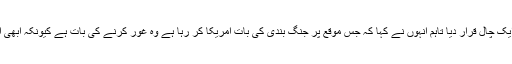
حزب اللہ کے سربراہ نے امریکا کی طرف سے یمن میں جنگ بندی کی دعوت کو ایک چال قرار دیا تاہم انہوں نے کہا کہ جس موقع پر جنگ بندی کی بات امریکا کر رہا ہے وہ غور کرنے کی بات ہے کیونکہ ابھی ایک مہینے قبل ہی سعودی اتحاد نے یمن کے شہر الحدیدہ پر شدید ترین حملہ کیا تھا۔